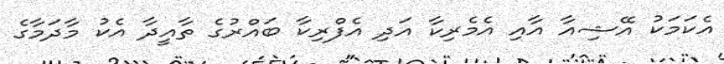
އެކަމަކު އޭޝިއާ އާއި އެމެރިކާ އަދި އެފްރިކާ ބައްރުގެ ތާއީދާ އެކު މާދަމާގެ